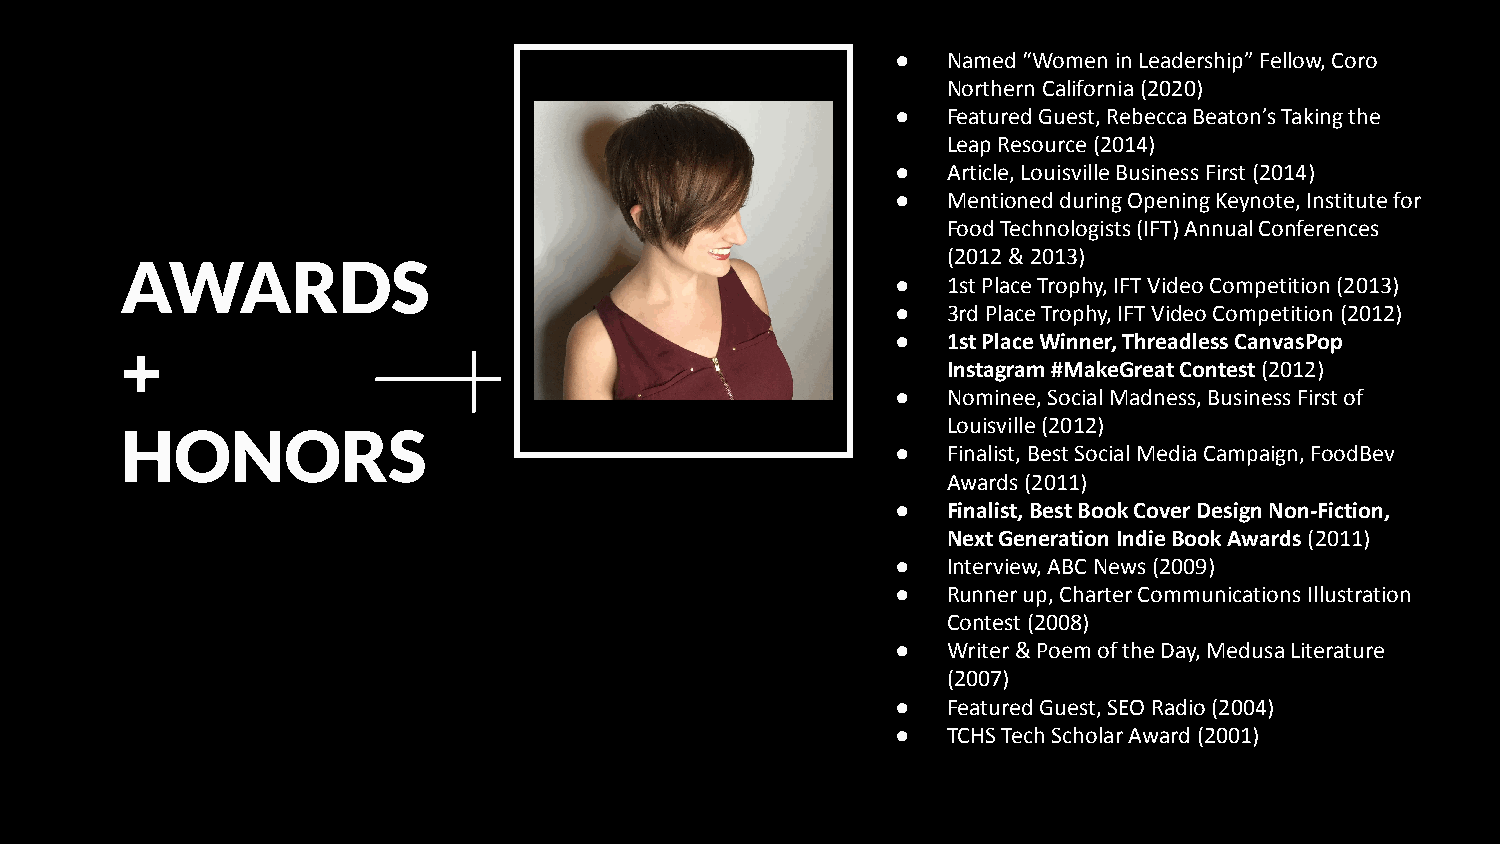
●   Named “Women in Leadership” Fellow, Coro
 Northern California (2020)
 ●   Featured Guest, Rebecca Beaton’s Taking the
 Leap Resource (2014)
 ●   Article, Louisville Business First (2014)
 ●   Mentioned during Opening Keynote, Institute for
 Food Technologists (IFT) Annual Conferences
 (2012 & 2013)
 AWARDS
 ●   1st Place Trophy, IFT Video Competition (2013)
 ●   3rd Place Trophy, IFT Video Competition (2012)
 ●   1st Place Winner, Threadless CanvasPop
 +
 Instagram #MakeGreat Contest (2012)
 ●   Nominee, Social Madness, Business First of
 Louisville (2012)
 HONORS
 ●   Finalist, Best Social Media Campaign, FoodBev
 Awards (2011)
 ●   Finalist, Best Book Cover Design Non-Fiction,
 Next Generation Indie Book Awards (2011)
 ●   Interview, ABC News (2009)
 ●   Runner up, Charter Communications Illustration
 Contest (2008)
 ●   Writer & Poem of the Day, Medusa Literature
 (2007)
 ●   Featured Guest, SEO Radio (2004)
 ●   TCHS Tech Scholar Award (2001)